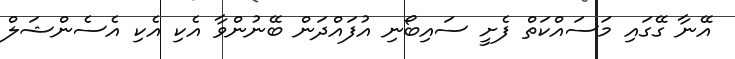
އޭނާ ގޭގައި މަސައްކަތް ފެށީ ސައިބޯނި އުފައްދަން ބޭނުންވާ އެކި އެކި އެސެންޝަލް